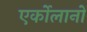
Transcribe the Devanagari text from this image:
एर्कोलानो